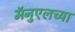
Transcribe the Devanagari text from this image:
मॅनुएलच्या